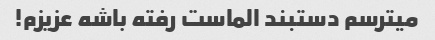
میترسم دستبند الماست رفته باشه عزیزم!